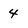
Character: 4